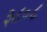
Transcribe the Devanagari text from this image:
३८०८